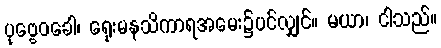
ပုဗ္ဗေဝခေါ၊ ရှေးမနသိကာရအမေး၌ပင်လျှင်။ မယာ၊ ငါသည်။